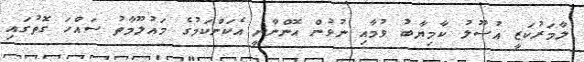
ލާމަރުކަޒީ އުސޫލު ކާމިޔާބު ވުމާއި ނުވުން އޮންނާނީ އެކަންކަމުގެ މައުލޫމާތު ސައްހަ ގޮތުގައި